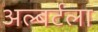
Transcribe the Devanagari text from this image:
अल्बर्टला